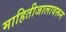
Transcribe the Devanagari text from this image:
माहितीजालावरून